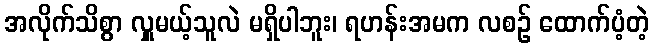
အလိုက်သိစွာ လှူမယ့်သူလဲ မရှိပါဘူး၊ ရဟန်းအမက လစဉ် ထောက်ပံ့တဲ့